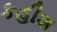
કહીશ